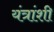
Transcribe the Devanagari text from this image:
यंत्रांशी